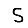
Digit: 5